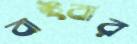
বাইবার